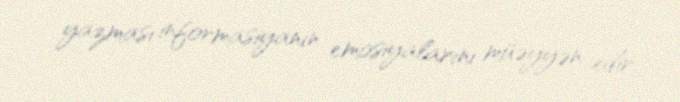
yazması informasiyanın emosiyalarını müəyyən edir.